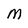
Character: M